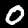
Label: 0